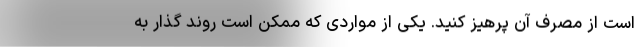
است از مصرف آن پرهیز کنید. یکی از مواردی که ممکن است روند گذار به